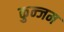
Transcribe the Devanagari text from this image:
कुन्जम